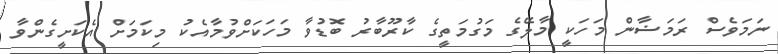
ނަމަވެސް ރަމަޟާން މަހަކީ މާލޭގެ މަގުމަތީގެ ކާރޫބާރު ބޮޑުވާ މަހަކަށްވުމާއެކު މިކަމަށް އެކަށީގެންވާ